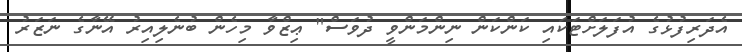
އެދަރިފުޅުގެ އުފަލަށްޓަކައި ކަންކަން ނިންމަންވީ ދުވަސް" ޢިޒްވާ މިހެން ބުނެލިއިރު އޭނާގެ ނަޒަރު